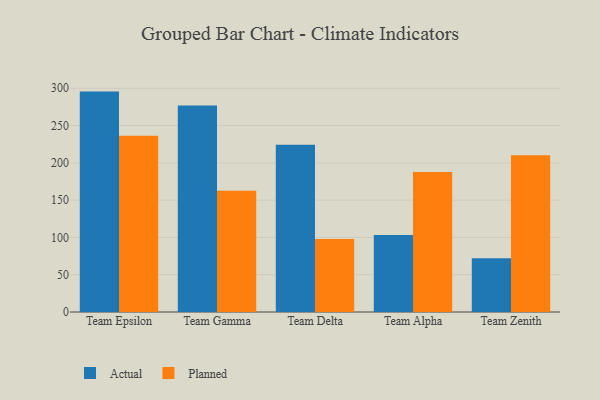
{"axis": {"x": "Team", "y": "Budget (USD K)"}, "legend": ["Actual", "Planned"], "data": [{"x": "Team Epsilon", "y": 295.5, "type": "Actual"}, {"x": "Team Epsilon", "y": 236.4, "type": "Planned"}, {"x": "Team Gamma", "y": 276.9, "type": "Actual"}, {"x": "Team Gamma", "y": 162.7, "type": "Planned"}, {"x": "Team Delta", "y": 224.2, "type": "Actual"}, {"x": "Team Delta", "y": 97.8, "type": "Planned"}, {"x": "Team Alpha", "y": 103.3, "type": "Actual"}, {"x": "Team Alpha", "y": 187.8, "type": "Planned"}, {"x": "Team Zenith", "y": 72.0, "type": "Actual"}, {"x": "Team Zenith", "y": 210.1, "type": "Planned"}]}